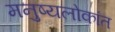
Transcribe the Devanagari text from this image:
मनुष्यलोकांत